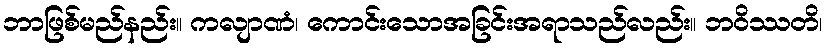
ဘာဖြစ်မည်နည်း။ ကလျာဏံ၊ ကောင်းသောအခြင်းအရာသည်လည်း။ ဘဝိဿတိ၊